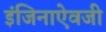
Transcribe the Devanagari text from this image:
इंजिनाऐवजी